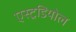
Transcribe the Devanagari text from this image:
एस्ट्रडियोल